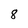
Character: 8